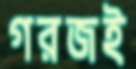
গরজই